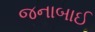
જનાબાઈ